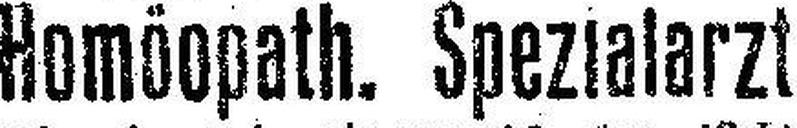
Homöopath. Spezialarzt